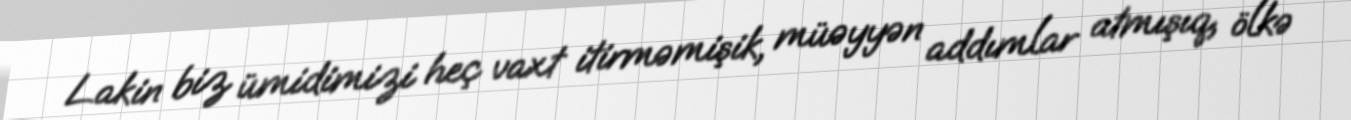
Lakin biz ümidimizi heç vaxt itirməmişik, müəyyən addımlar atmışıq, ölkə